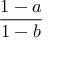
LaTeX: \frac { 1 - a } { 1 - b }